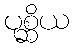
ပုစ္ဆိယ